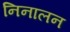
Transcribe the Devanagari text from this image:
निनालन